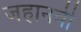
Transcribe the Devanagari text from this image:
जहानवी